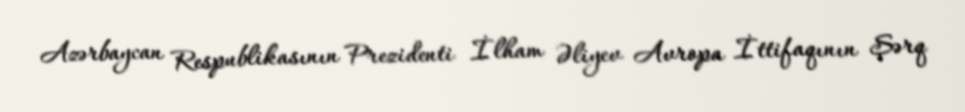
Azərbaycan Respublikasının Prezidenti İlham Əliyev Avropa İttifaqının Şərq